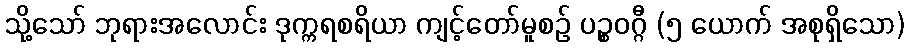
သို့သော် ဘုရားအလောင်း ဒုက္ကရစရိယာ ကျင့်တော်မူစဉ် ပဉ္စဝဂ္ဂီ (၅ ယောက် အစုရှိသော)